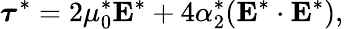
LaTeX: \boldsymbol{\tau}^{*}=2\mu_{0}^{*}\boldsymbol{\mathrm{E}}^{*}+4\alpha_{2}^{*}(\boldsymbol{\mathrm{E}}^{*}\cdot\boldsymbol{\mathrm{E}}^{*}),